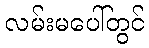
လမ်းမပေါ်တွင်